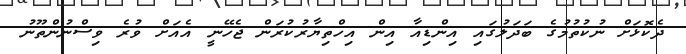
ދެކޮޅަށް ނުކުތުމުގެ ބަދަލުގައި އިންޑިއާ އިން އިހްތިޔާރުކުރަން ޖެހޭނީ އެއަށް ވުރެ ވިސްނުންތޫނު